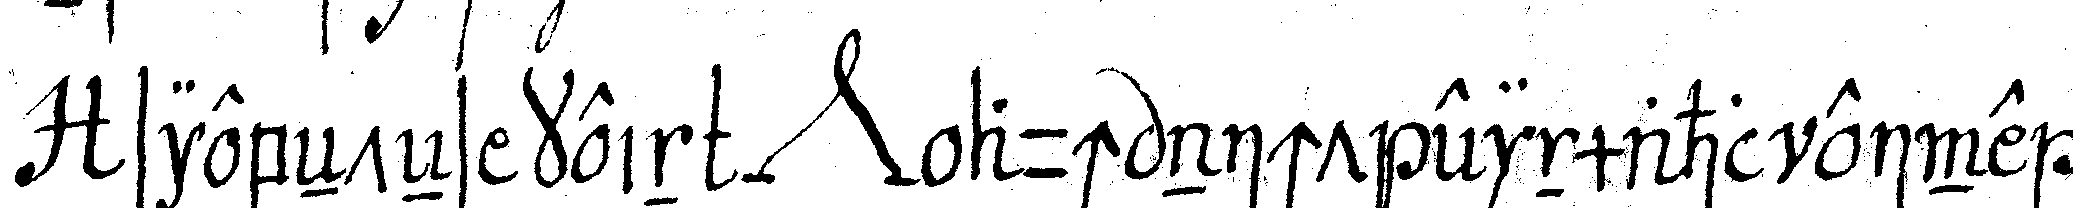
siebeNteNs kein *nee* auch nicht einmahl eine